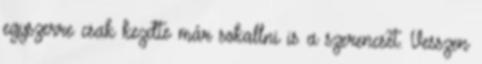
egyszerre csak kezdte már sokallni is a szerencsét. Vesszen